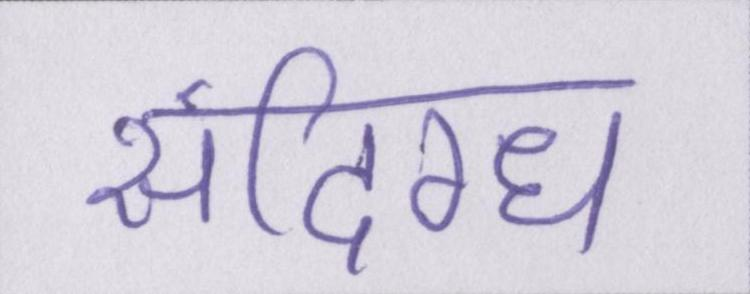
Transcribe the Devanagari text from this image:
संदिग्ध